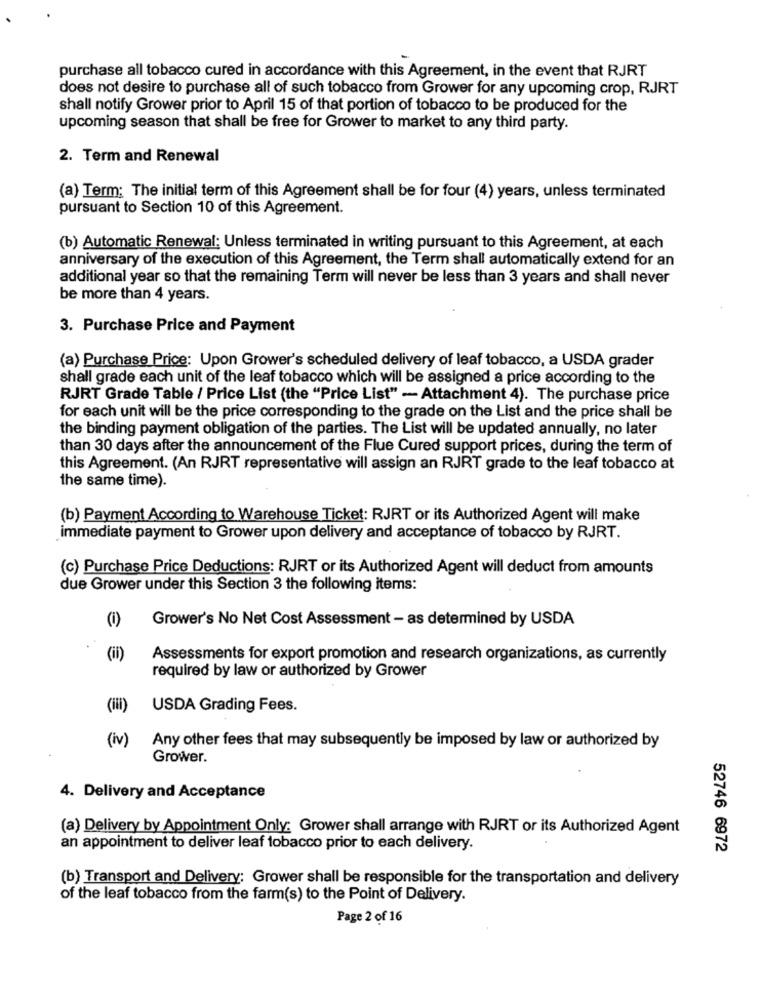
purchase all tobacco cured in accordance with this Agreement, in the event that RJRT
does not desire to purchase all of such tobacco from Grower for any upcoming crop, RJRT
shall notify Grower prior to April 15 of that portion of tobacco to be produced for the
upcoming season that shall be free for Grower to market to any third party.
2. Term and Renewal
(a) Term: The initial term of this Agreement shall be for four (4) years, unless terminated
pursuant to Section 10 of this Agreement.
(b) Automatic Renewal: Unless terminated in writing pursuant to this Agreement, at each
anniversary of the execution of this Agreement, the Term shall automatically extend for an
additional year so that the remaining Term will never be less than 3 years and shall never
be more than 4 years.
3. Purchase Price and Payment
(a) Purchase Price: Upon Grower's scheduled delivery of leaf tobacco, a USDA grader
shall grade each unit of the leaf tobacco which will be assigned a price according to the
RJRT Grade Table / Price List (the "Price List" - Attachment 4). The purchase price
for each unit will be the price corresponding to the grade on the List and the price shall be
the binding payment obligation of the parties. The List will be updated annually, no later
than 30 days after the announcement of the Flue Cured support prices, during the term of
this Agreement. (An RJRT representative will assign an RJRT grade to the leaf tobacco at
the same time).
(b) Payment According to Warehouse Ticket: RJRT or its Authorized Agent will make
immediate payment to Grower upon delivery and acceptance of tobacco by RJRT.
(c) Purchase Price Deductions: RJRT or its Authorized Agent will deduct from amounts
due Grower under this Section 3 the following items:
Grower's No Net Cost Assessment - as determined by USDA
(1)
(il)
Assessments for export promotion and research organizations, as currently
required by law or authorized by Grower
(iii)
USDA Grading Fees.
(iv)
Any other fees that may subsequently be imposed by law or authorized by
Grower.
4. Delivery and Acceptance
(a) Delivery by Appointment Only: Grower shall arrange with RJRT or its Authorized Agent
an appointment to deliver leaf tobacco prior to each delivery.
52746 6972
(b) Transport and Delivery: Grower shall be responsible for the transportation and delivery
of the leaf tobacco from the farm(s) to the Point of Delivery.
Page 2 of 16